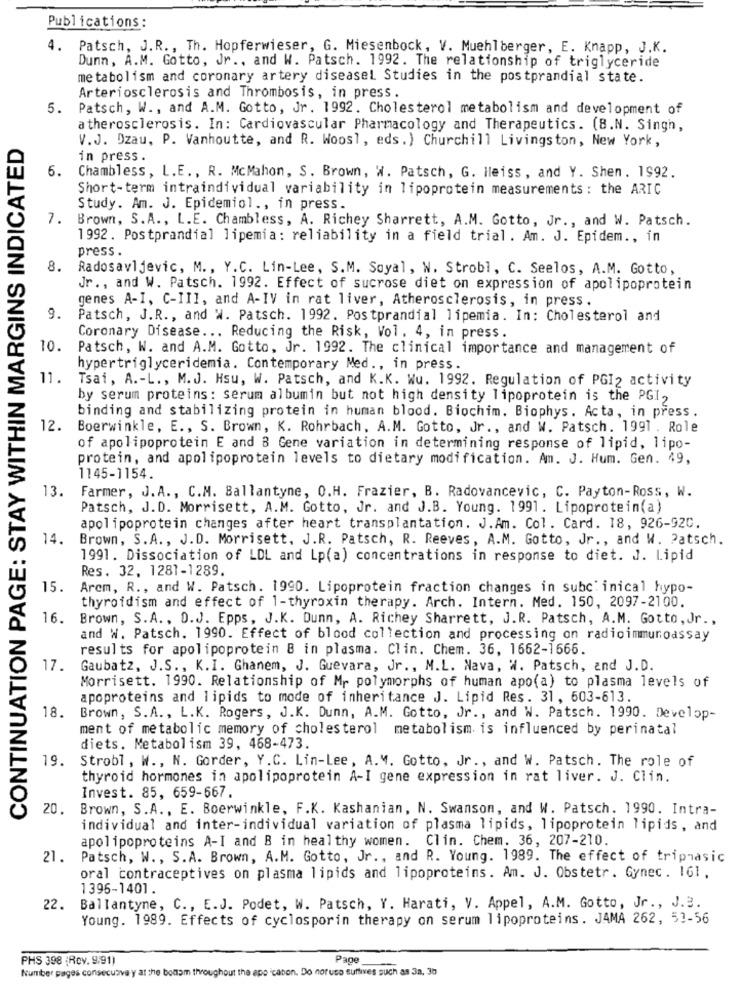
Publications:
4. Patsch, J.R ., Th. Hopferwieser, G. Miesenbock, V. Muehlberger, E. Knapp, J.K.
Dunn, A.M. Gotto, Jr ., and W. Patsch. 1992. The relationship of triglyceride
metabolism and coronary artery diseasel Studies in the postprandial state.
Arteriosclerosis and Thrombosis, in press.
5. Patsch, W ., and A.M. Gotto, Jr. 1992. Cholesterol metabolism and development of
atherosclerosis. In: Cardiovascular Pharmacology and Therapeutics. (8.N. Singh,
CONTINUATION PAGE: STAY WITHIN MARGINS INDICATED
V.J. Dzau, P. Vanhoutte, and R. Woosl, eds.) Churchill Livingston, New York,
in press .
6.
Chambless, L.E ., R. McMahon, S. Brown, W. Patsch, G. Hleiss , and Y. Shen. 1992.
Short-term intraindividual variability in lipoprotein measurements : the ARIC
Study. Am. J. Epidemiol ., in press.
7.
Brown, S.A ., L.E. Chambless, A. Richey Sharrett, A.M. Gotto, Jr ., and W. Patsch.
1992. Postprandial lipemia: reliability in a field trial. Am. J. Epidem ., in
press .
8.
Radosavljevic, M ., Y.C. Lin-Lee, S.M. Soyal, W. Strobl, C. Seelos, A.M. Gotto,
Jr ., and W. Patsch. 1992. Effect of sucrose diet on expression of apolipoprotein
genes A-I, C-III, and A-IV in rat liver, Atherosclerosis, in press.
9.
Patsch, J.R ., and W. Patsch. 1992. Postprandial lipemia. In: Cholesterol and
Coronary Disease ... Reducing the Risk, Vol. 4, in press.
10.
Patsch, W. and A.M. Gotto, Jr. 1992. The clinical importance and management of
hypertriglyceridemia. Contemporary Med ., in press.
11.
Tsai, A .- L ., M.J. Hsu, W. Patsch, and K.K. Wu. 1992. Regulation of PGI2 activity
by serum proteins: serum albumin but not high density lipoprotein is the PGI,
binding and stabilizing protein in human blood. Biochim. Biophys. Acta, in press.
12.
Boerwinkle, E ., S. Brown, K. Rohrbach, A.M. Gotto, Jr ., and W. Patsch. 1991 . Role
of apolipoprotein E and 8 Gene variation in determining response of lipid, lipo-
protein, and apolipoprotein levels to dietary modification. Am. J. Hum. Gen. 49,
1145-1154.
13.
Farmer, J.A ., C.M. Ballantyne, O.H. Frazier, B. Radovancevic, C. Payton-Ross, W.
Patsch, J.D. Morrisett, A.M. Gotto, Jr. and J.B. Young. 1991. Lipoprotein(a)
apolipoprotein changes after heart transplantation. J.Am. Col. Card. 18, 926-920.
14.
Brown, S.A ., J.D. Morrisett, J.R. Patsch, R. Reeves, A.M. Gotto, Jr ., and W. Patsch.
1991. Dissociation of LDL and Lp(a) concentrations in response to diet. J. Lipid
Res. 32, 1281-1289.
15.
Arem, R ., and W. Patsch. 1990. Lipoprotein fraction changes in subclinical hypo-
thyroidism and effect of 1-thyroxin therapy. Arch. Intern. Med. 150, 2097-2100.
16.
Brown, S.A ., D.J. Epps, J.K. Dunn, A. Richey Sharrett, J.R. Patsch, A.M. Gotto, Jr .,
and W. Patsch. 1990. Effect of blood collection and processing on radioimmunoassay
results for apolipoprotein B in plasma. Clin. Chem. 36, 1662-1666.
17.
Gaubatz, J.S ., K.I. Ghanem, J. Guevara, Jr ., M.L. Nava, W. Patsch, and J.D.
Morrisett. 1990. Relationship of Mr polymorphs of human apo(a) to plasma levels of
apoproteins and lipids to mode of inheritance J. Lipid Res. 31, 603-613.
18.
Brown, S.A ., L.K. Rogers, J.K. Dunn, A.M. Gotto, Jr ., and W. Patsch. 1990. Develop-
ment of metabolic memory of cholesterol metabolism is influenced by perinatal
diets. Metabolism 39, 468-473.
19.
Strobl , W ., N. Gorder, Y.C. Lin-Lee, A.M. Gotto, Jr ., and W. Patsch. The role of
thyroid hormones in apolipoprotein A-I gene expression in rat liver. J. Clin.
Invest. 85, 659-667.
20.
Brown, S.A ., E. Boerwinkle, F.K. Kashanian, N. Swanson, and W. Patsch. 1990. Intra-
individual and inter-individual variation of plasma lipids, lipoprotein lipids, and
apolipoproteins A-I and B in healthy women. Clin. Chem. 36, 207-210.
21.
Patsch, W ., S.A. Brown, A.M. Gotto, Jr ., and R. Young. 1989. The effect of tripnasic
oral contraceptives on plasma lipids and lipoproteins. Am. J. Obstetr. Gynec. 161,
1396-1401.
22.
Ballantyne, C ., E.J. Podet, W. Patsch, Y. Harati, V. Appel, A.M. Gotto, Jr ., J.B.
Young. 1989. Effects of cyclosporin therapy on serum lipoproteins. JAMA 262, 53-56
PHS 398 (Rev. 9.91)
Page
Number pages consecutive y at the bottom throughout the apo 'cabon. Do noruso suflives such as 3a, 3b